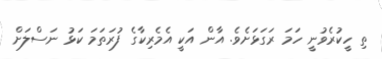
ތި ހީކުރެވުނީ ހަމަ ރަގަޅަށެވެ. އާން އަކީ އެމެރިކާގެ ފުރަތަމަ ކަޅު ނަސްލަށް